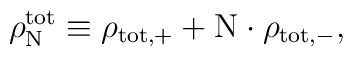
\rho_{\rm N}^{\rm tot} \equiv \rho_{{\rm tot},+} + {\rm N} \cdot {\rho}_{{\rm tot},-} ,